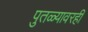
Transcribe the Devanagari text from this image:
पुतळ्यावरही